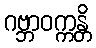
ဂဗ္ဘာဝက္ကန္တိ